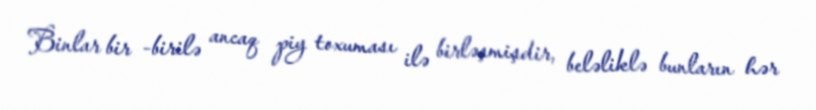
Binlar bir -birilə ancaq piy toxuması ilə birləşmişdir, beləliklə bunların hər